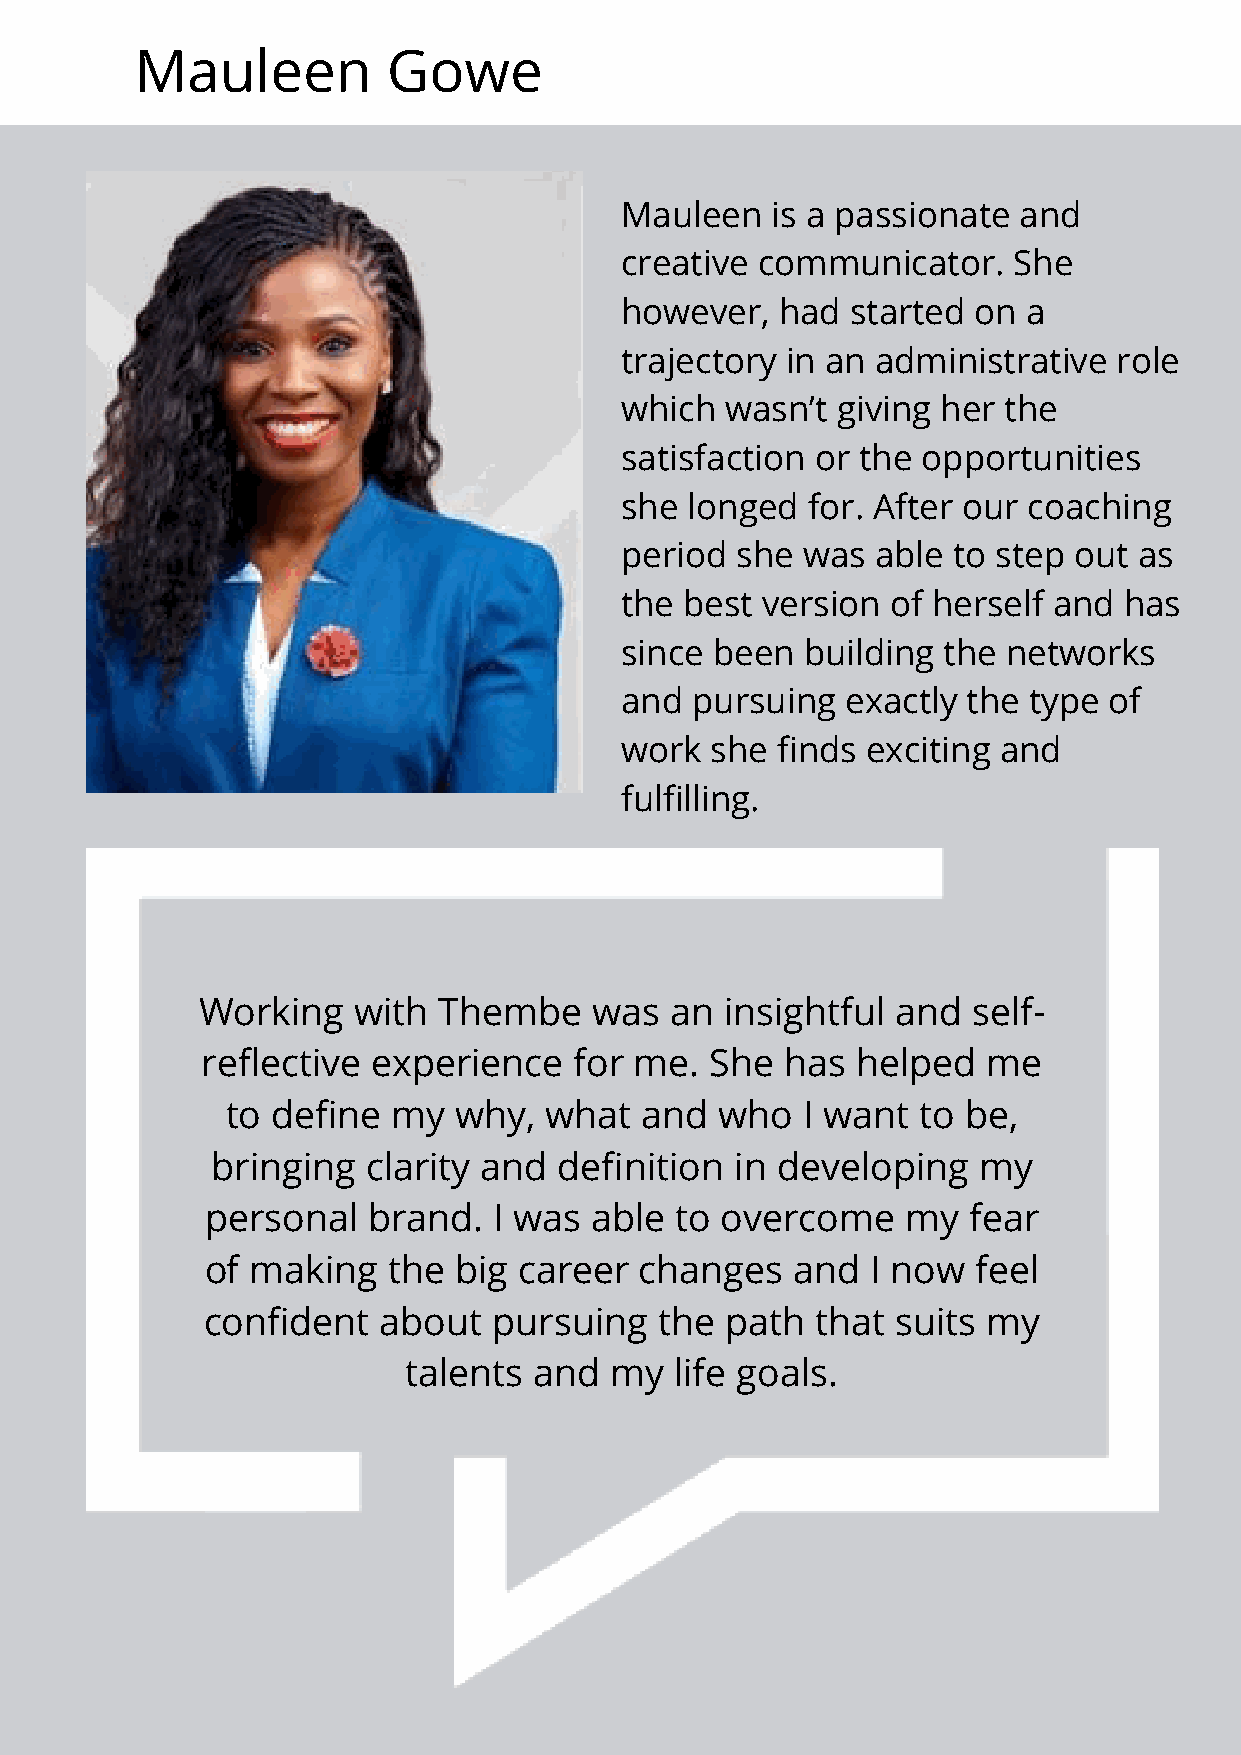
Mauleen          Gowe
 Mauleen   is a passionate and
 creative communicator.    She
 however,   had started on  a
 trajectory in an administrative  role
 which  wasn’t giving her the
 satisfaction or the opportunities
 she longed  for. After our coaching
 period  she was  able to step out as
 the best version  of herself and has
 since been  building the  networks
 and  pursuing  exactly the type of
 work  she finds exciting and
 fulfilling.
 Working   with  Thembe    was  an  insightful and  self-
 reflective  experience   for me.  She  has  helped  me
 to define  my  why,  what  and   who  I want  to be,
 bringing  clarity and  definition  in developing   my
 personal  brand.   I was able  to overcome    my  fear
 of making   the big career  changes    and  I now  feel
 confident   about   pursuing   the path  that suits my
 talents and  my   life goals.